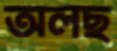
অলছ